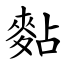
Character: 䴴